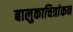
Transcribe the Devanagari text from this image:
बालुकाचित्रांकन